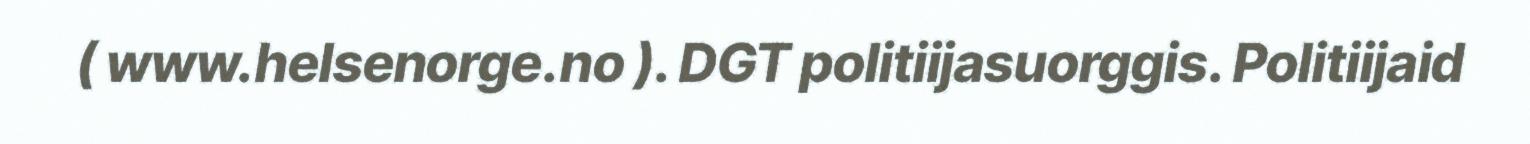
( www.helsenorge.no ). DGT politiijasuorggis. Politiijaid